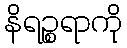
နိရဉ္စရာကို